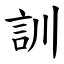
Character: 訓